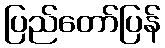
ပြည်တော်ပြန်